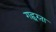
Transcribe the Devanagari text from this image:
गह्वरता